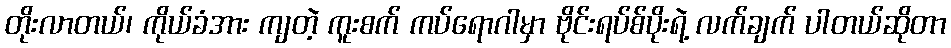
တိုးလာတယ်၊ ကိုယ်ခံအား ကျတဲ့ ကူးစက် ကပ်ရောဂါမှာ ဗိုင်းရပ်စ်ပိုးရဲ့ လက်ချက် ပါတယ်ဆိုတာ